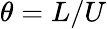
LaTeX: \theta=L/U